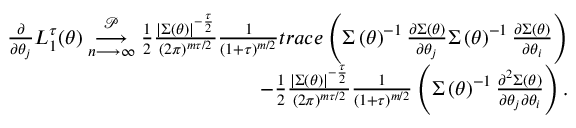
\begin{array} { r l r } & { } & { \frac { \partial } { \partial \theta _ { j } } L _ { 1 } ^ { \tau } ( \boldsymbol { \theta } ) \underset { n \longrightarrow \infty } { \overset { \mathcal { P } } { \longrightarrow } } \frac { 1 } { 2 } \frac { \left\vert \boldsymbol { \Sigma } \left( \boldsymbol { \theta } \right) \right\vert ^ { - \frac { \tau } { 2 } } } { \left( 2 \pi \right) ^ { m \tau / 2 } } \frac { 1 } { \left( 1 + \tau \right) ^ { m / 2 } } t r a c e \left( \boldsymbol { \Sigma } \left( \boldsymbol { \theta } \right) ^ { - 1 } \frac { \partial \boldsymbol { \Sigma } \left( \boldsymbol { \theta } \right) } { \partial \theta _ { j } } \boldsymbol { \Sigma } \left( \boldsymbol { \theta } \right) ^ { - 1 } \frac { \partial \boldsymbol { \Sigma } \left( \boldsymbol { \theta } \right) } { \partial \theta _ { i } } \right) } \\ & { } & { - \frac { 1 } { 2 } \frac { \left\vert \boldsymbol { \Sigma } \left( \boldsymbol { \theta } \right) \right\vert ^ { - \frac { \tau } { 2 } } } { \left( 2 \pi \right) ^ { m \tau / 2 } } \frac { 1 } { \left( 1 + \tau \right) ^ { m / 2 } } \left( \boldsymbol { \Sigma } \left( \boldsymbol { \theta } \right) ^ { - 1 } \frac { \partial ^ { 2 } \boldsymbol { \Sigma } \left( \boldsymbol { \theta } \right) } { \partial \theta _ { j } \partial \theta _ { i } } \right) . } \end{array}